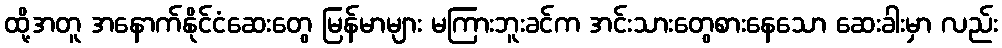
ထို့အတူ အနောက်နိုင်ငံဆေးတွေ မြန်မာများ မကြားဘူးခင်က အင်းသားတွေစားနေသော ဆေးခါးမှာ လည်း